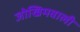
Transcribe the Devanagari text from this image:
जोखिमवाली